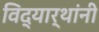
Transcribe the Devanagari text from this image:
विद्यार्थांनी